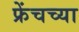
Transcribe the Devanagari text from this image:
फ्रेंचच्या